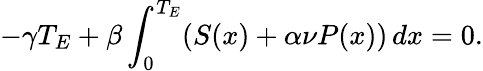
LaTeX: -\gamma T_{E}+\beta\int_{0}^{T_{E}}(S(x)+\alpha\nu P(x))\, dx=0.